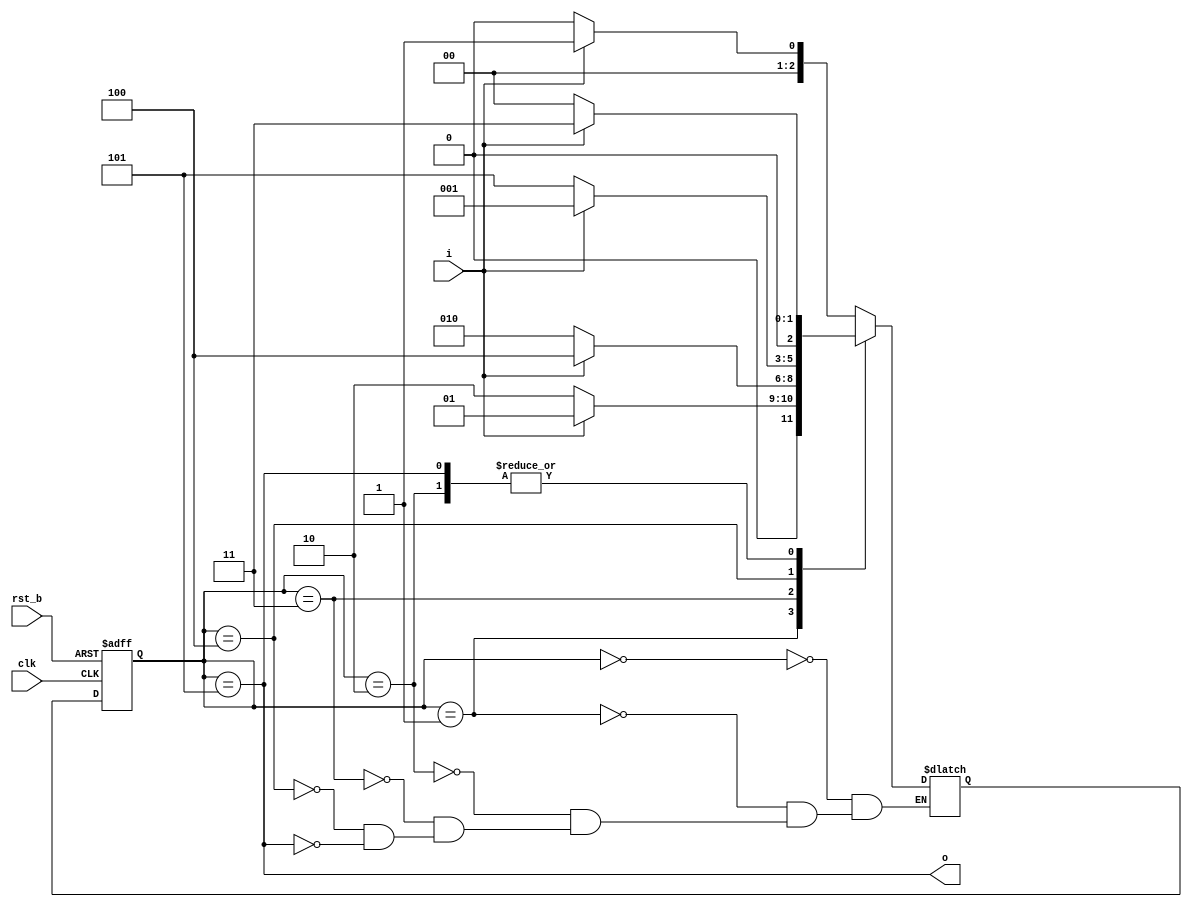
module pat(  //moore
  input clk,
  input rst_b,
  input i,
  output o
  
);
  localparam S0_ST=0;
  localparam S1_ST=1;
  localparam S2_ST=2;
  localparam S3_ST=3;
  localparam S4_ST=4;
  localparam S5_ST=5;
  
  reg [2:0] st;
  reg [2:0] st_nxt;   //pe 3 bits din cauza ca ai pana la 5 care e pe 3 bits 
  
  always @(*)
    case (st)
      S0_ST: if (!i) st_nxt=S0_ST;
             else    st_nxt=S1_ST;
      S1_ST: if(i)   st_nxt=S1_ST;
             else    st_nxt=S2_ST;
      S2_ST: if(i)   st_nxt=S3_ST;
             else    st_nxt=S0_ST;
      S3_ST: if(i)   st_nxt=S4_ST;
             else    st_nxt=S2_ST;
      S4_ST: if(i)   st_nxt=S1_ST;
             else    st_nxt=S5_ST;
      S5_ST: if(i)   st_nxt=S3_ST;
             else    st_nxt=S0_ST;
      endcase
      
      assign o = (st == S5_ST);
      
      always @(posedge clk, negedge rst_b)
          if(!rst_b) st<=S0_ST;
            else st<=st_nxt;
endmodule

module pat_tb;
  reg clk, rst_b, i;
  wire o;
  
  pat inst1(.clk(clk),.rst_b(rst_b),.i(i),.o(o));
  localparam CLK_PERIOD=50;
  localparam RUNNING_CYCLES=12;
  
  initial begin
    clk=0;
    repeat (2*RUNNING_CYCLES) #(CLK_PERIOD/2) clk=~clk;
    //repeat (2*12) #(50/2) clk=~clk;
  end
  
  localparam RST_DURATION=10;
  initial begin
    rst_b=0;
    #RST_DURATION rst_b=1;
    // #10 rst_b=1;
  end
  
  initial begin
    i=1;
    #(2*CLK_PERIOD) i=~i; //  #100 i=~i; adica i trece pe 0
    repeat (3) begin
      #(1*CLK_PERIOD) i=~i;
      #(2*CLK_PERIOD) i=~i;
    end
  end
endmodule